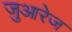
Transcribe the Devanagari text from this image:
जुआरेज